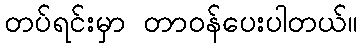
တပ်ရင်းမှာ တာဝန်ပေးပါတယ်။